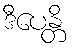
ဒီပေန္တိ